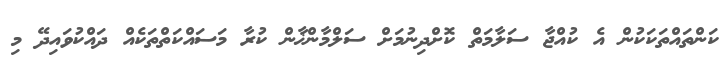
ކަންތައްތަކަކުން އެ ކުއްޖާ ސަލާމަތް ކޮށްދިނުމަށް ސަލްމާންޚާން ކުރާ މަސައްކަތްތަކެއް ދައްކުވައިދޭ މި